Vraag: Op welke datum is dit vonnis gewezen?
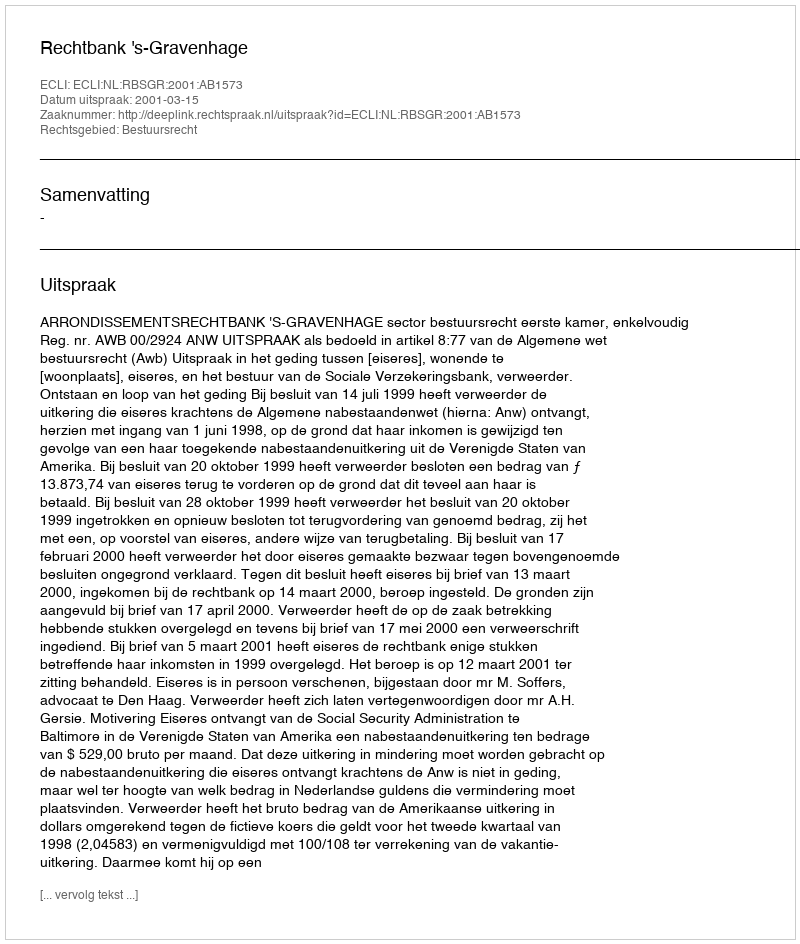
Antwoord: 2001-03-15